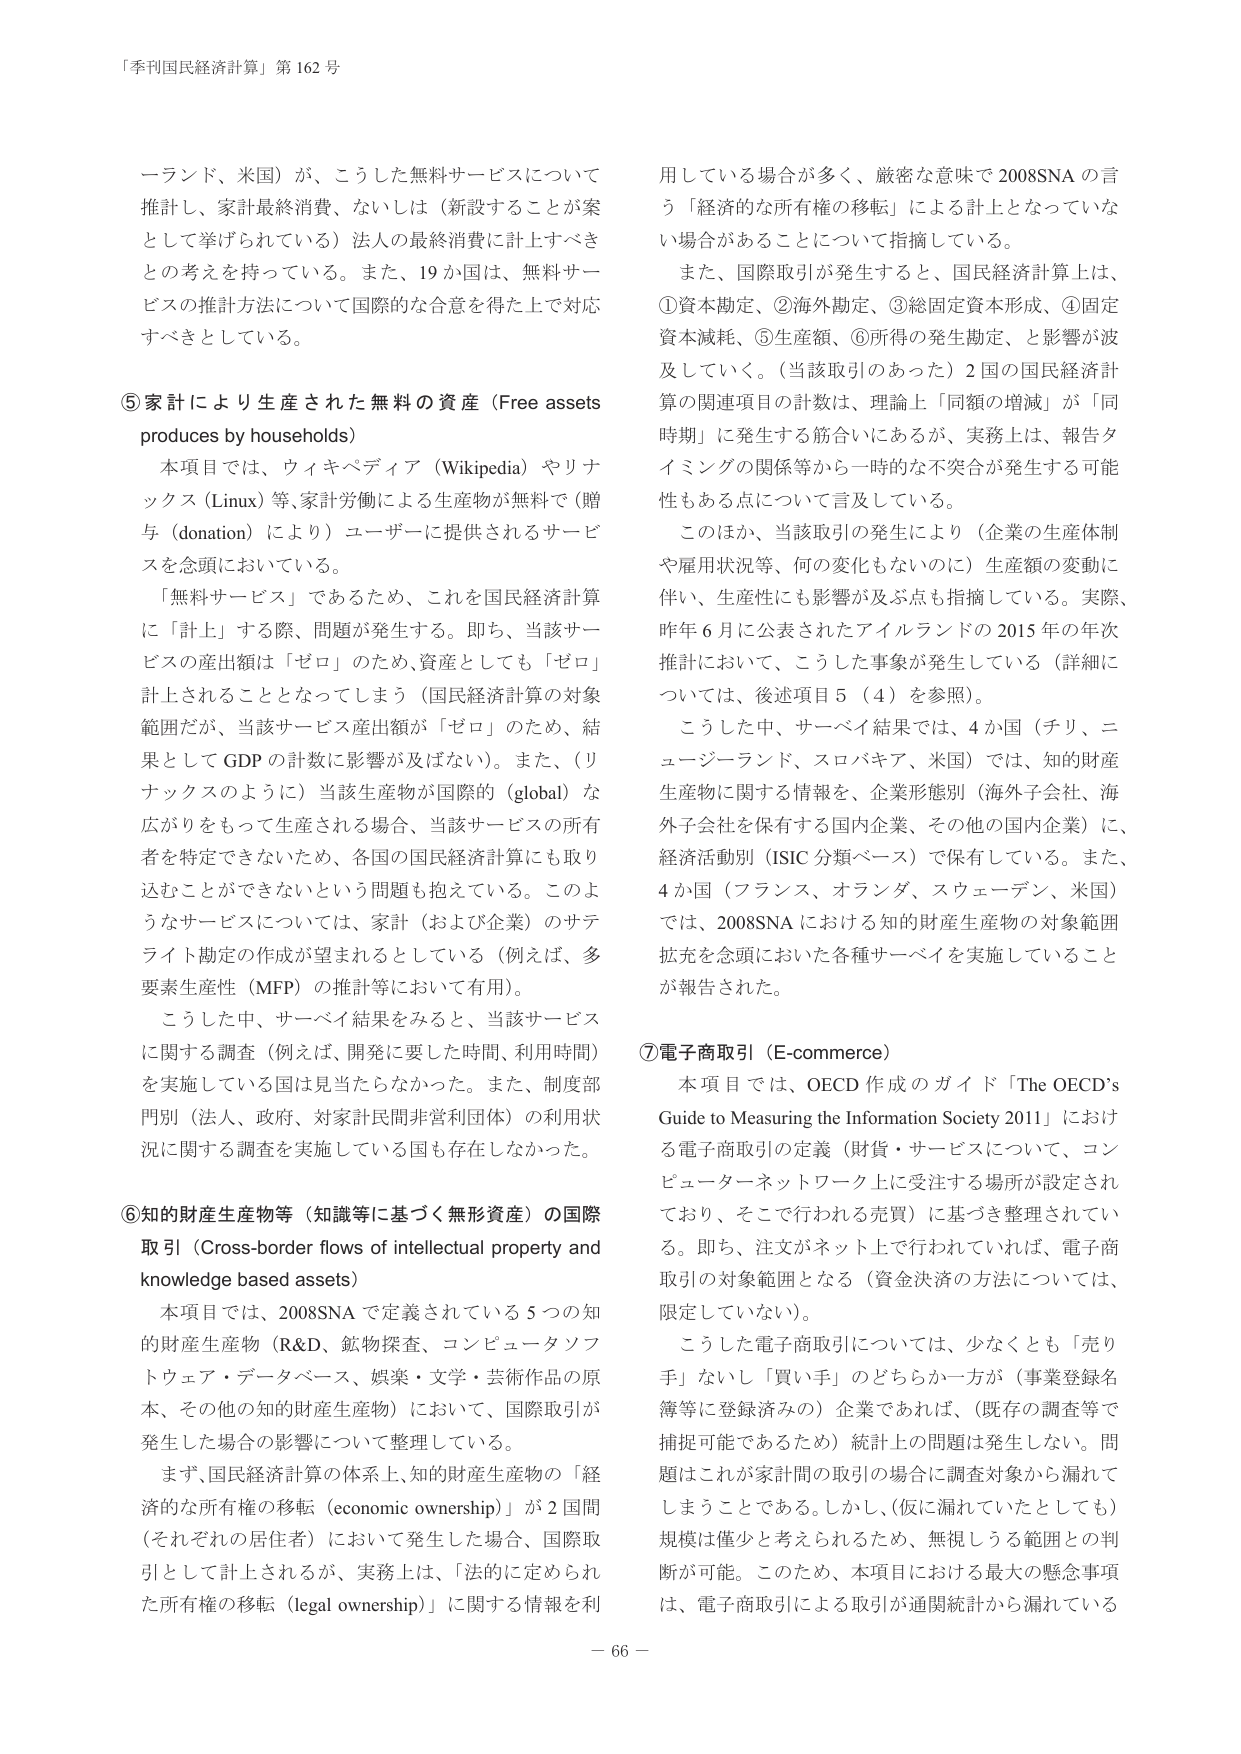
「季刊国民経済計算」第162号

一ランド、米国）が、こうした無料サービスについて推計し、家計最終消費、ないしは（新設することが案として挙げられている）法人の最終消費に計上すべきとの考えを持っている。また、19か国は、無料サービスの推計方法について国際的な合意を得た上で対応すべきとしている。

⑤家計により生産された無料の資産（Free assets produces by households）
本項目では、ウィキペディア（Wikipedia）やリナックス（Linux）等、家計労働による生産物が無料で（贈与（donation）により）ユーザーに提供されるサービスを念頭においている。
「無料サービス」であるため、これを国民経済計算に「計上」する際、問題が発生する。即ち、当該サービスの産出額は「ゼロ」のため、資産としても「ゼロ」計上されることとなってしまう（国民経済計算の対象範囲だが、当該サービス産出額が「ゼロ」のため、結果としてGDPの計数に影響が及ばない）。また、（リナックスのように）当該生産物が国際的（global）な広がりをもって生産される場合、当該サービスの所有者を特定できないため、各国の国民経済計算にも取り込むことができないという問題も抱えている。このようなサービスについては、家計（および企業）のサテライト勘定の作成が望まれるとしている（例えば、多要素生産性（MFP）の推計等において有用）。
こうした中、サーベイ結果をみると、当該サービスに関する調査（例えば、開発に要した時間、利用時間）を実施している国は見当たらなかった。また、制度部門別（法人、政府、対家計民間非営利団体）の利用状況に関する調査を実施している国も存在しなかった。

⑥知的財産生産物等（知識等に基づく無形資産）の国際取引（Cross-border flows of intellectual property and knowledge based assets）
本項目では、2008SNAで定義されている5つの知的財産生産物（R&D、鉱物探査、コンピュータソフトウェア・データベース、娯楽・文学・芸術作品の原本、その他の知的財産生産物）において、国際取引が発生した場合の影響について整理している。
まず、国民経済計算の体系上、知的財産生産物の「経済的な所有権の移転（economic ownership）」が2国間（それぞれの居住者）において発生した場合、国際取引として計上されるが、実務上は、「法的に定められた所有権の移転（legal ownership）」に関する情報を利

用している場合が多く、厳密な意味で2008SNAの言う「経済的な所有権の移転」による計上となっていない場合があることについて指摘している。
また、国際取引が発生すると、国民経済計算上は、①資本勘定、②海外勘定、③総固定資本形成、④固定資本減耗、⑤生産額、⑥所得の発生勘定、と影響が波及していく。（当該取引のあった）2国の国民経済計算の関連項目の計数は、理論上「同額の増減」が「同時期」に発生する筋合いにあるが、実務上は、報告タイミングの関係等から一時的な不突合が発生する可能性もある点について言及している。
このほか、当該取引の発生により（企業の生産体制や雇用状況等、何の変化もないのに）生産額の変動に伴い、生産性にも影響が及ぶ点も指摘している。実際、昨年6月に公表されたアイルランドの2015年の年次推計において、こうした事象が発生している（詳細については、後述項目5（4）を参照）。
こうした中、サーベイ結果では、4か国（チリ、ニュージーランド、スロバキア、米国）では、知的財産生産物に関する情報を、企業形態別（海外子会社、海外子会社を保有する国内企業、その他の国内企業）に、経済活動別（ISIC分類ベース）で保有している。また、4か国（フランス、オランダ、スウェーデン、米国）では、2008SNAにおける知的財産生産物の対象範囲拡充を念頭においた各種サーベイを実施していることが報告された。

⑦電子商取引（E-commerce）
本項目では、OECD作成のガイド『The OECD's Guide to Measuring the Information Society 2011』における電子商取引の定義（財貨・サービスについて、コンピューターネットワーク上に受注する場所が設定されており、そこで行われる売買）に基づき整理されている。即ち、注文がネット上で行われていれば、電子商取引の対象範囲となる（資金決済の方法については、限定していない）。
こうした電子商取引については、少なくとも「売り手」ないし「買い手」のどちらか一方が（事業登録名簿等に登録済みの）企業であれば、（既存の調査等で捕捉可能であるため）統計上の問題は発生しない。問題はこれが家計間の取引の場合に調査対象から漏れてしまうことである。しかし、（仮に漏れていたとしても）規模は僅少と考えられるため、無視しうる範囲との判断が可能。このため、本項目における最大の懸念事項は、電子商取引による取引が通関統計から漏れている

－66－